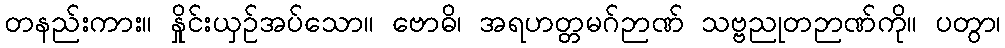
တနည်းကား။ နှိုင်းယှဉ်အပ်သော။ ဗောဓိ၊ အရဟတ္တမဂ်ဉာဏ် သဗ္ဗညုတဉာဏ်ကို။ ပတွာ၊